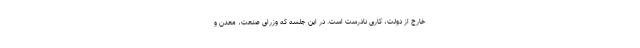
خارج از دولت، کاری نادرست است. در این جلسه که وزرای صنعت، معدن و